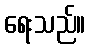
ရေးသည်။